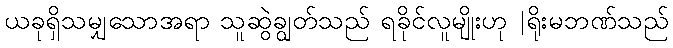
ယခုရှိသမျှသောအရာ သူဆွဲချွတ်သည် ရခိုင်လူမျိုးဟု |ရိုးမဘဏ်သည်